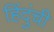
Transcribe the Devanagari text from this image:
हिंदुंची